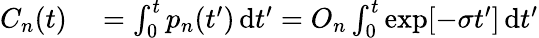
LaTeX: \begin{array}{rl}{C_{n}(t)}&{{}=\int_{0}^{t}p_{n}(t^{\prime})\, \mathrm{d}t^{\prime}=O_{n}\int_{0}^{t}\exp[-\sigma t^{\prime}]\, \mathrm{d}t^{\prime}}\end{array}